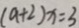
( a + 2 ) x = 3